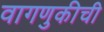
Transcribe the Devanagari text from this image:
वागणुकीची